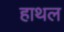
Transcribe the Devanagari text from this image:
हाथल